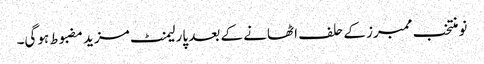
نو منتخب ممبرز کے حلف اٹھانے کے بعد پارلیمنٹ مزید مضبوط ہوگی۔